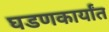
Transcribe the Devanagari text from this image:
घडणकार्यांत